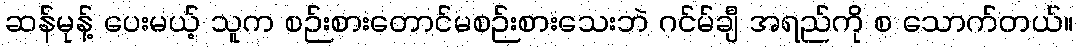
ဆန်မုန့် ပေးမယ့် သူက စဉ်းစားတောင်မစဉ်းစားသေးဘဲ ဂင်မ်ချီ အရည်ကို စ သောက်တယ်။